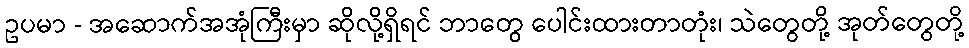
ဥပမာ - အဆောက်အအုံကြီးမှာ ဆိုလို့ရှိရင် ဘာတွေ ပေါင်းထားတာတုံး၊ သဲတွေတို့ အုတ်တွေတို့